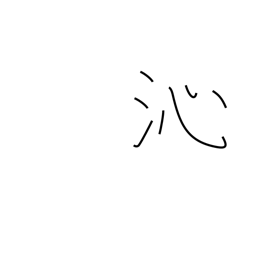
Meaning: penetrate